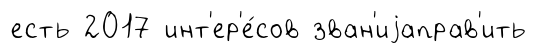
есть 2017 инт'ер'е́сов зван'иjаправ'ить